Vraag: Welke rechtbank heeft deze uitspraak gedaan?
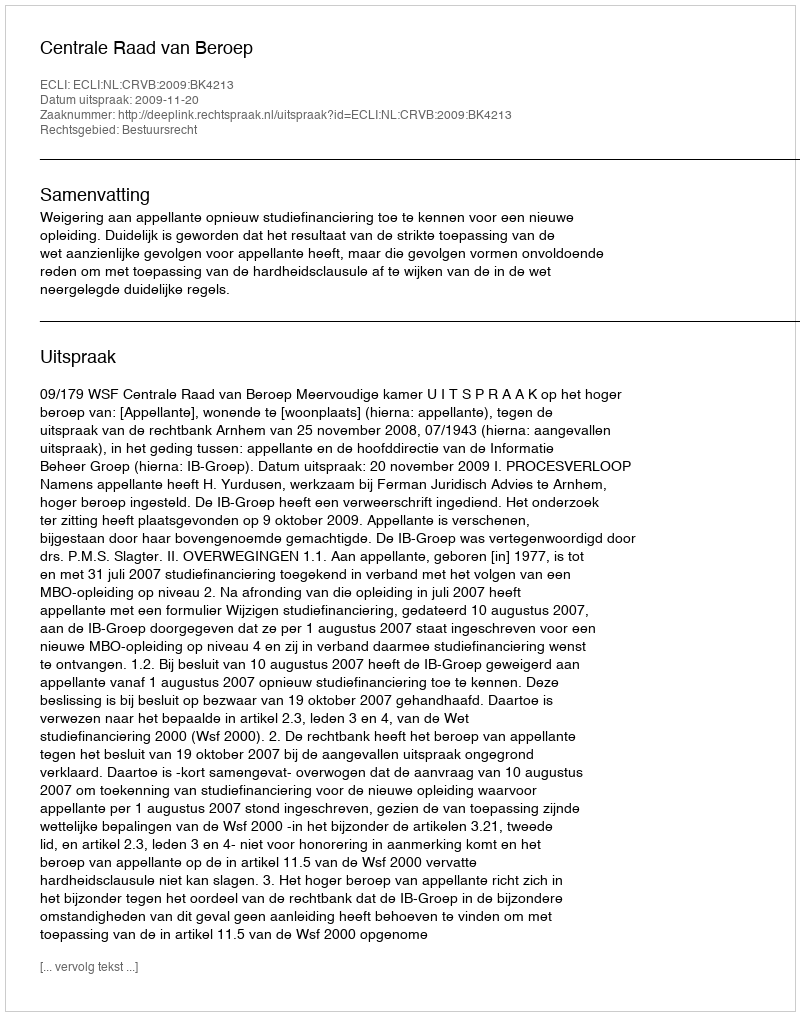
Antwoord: Centrale Raad van Beroep